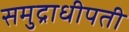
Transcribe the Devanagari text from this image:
समुद्राधीपती